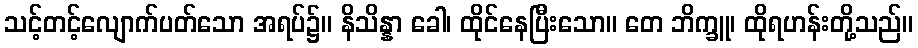
သင့်တင့်လျောက်ပတ်သော အရပ်၌။ နိသိန္နာ ခေါ၊ ထိုင်နေပြီးသော။ တေ ဘိက္ခူ၊ ထိုရဟန်းတို့သည်။